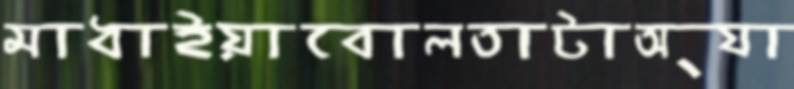
মাধাইয়াবোলতাটাঅ্যা